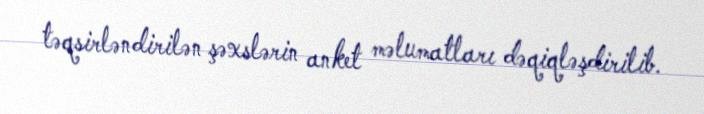
təqsirləndirilən şəxslərin anket məlumatları dəqiqləşdirilib.